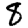
Digit: 8